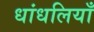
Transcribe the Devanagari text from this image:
धांधलियाँ